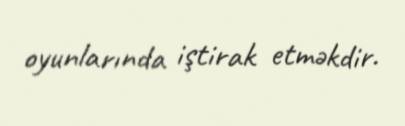
oyunlarında iştirak etməkdir.